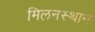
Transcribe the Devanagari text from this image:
मिलनस्थान